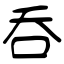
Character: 呑